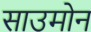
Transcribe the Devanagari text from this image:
साउमोन